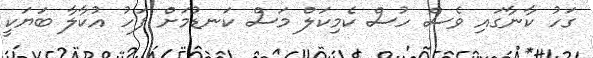
ގަހު ކާނާގައި ވެސް ހުސް ކެމިކަލް މަސް ކަނޑުމަށް ފަހު އުކާލާ ބަޔަކީ